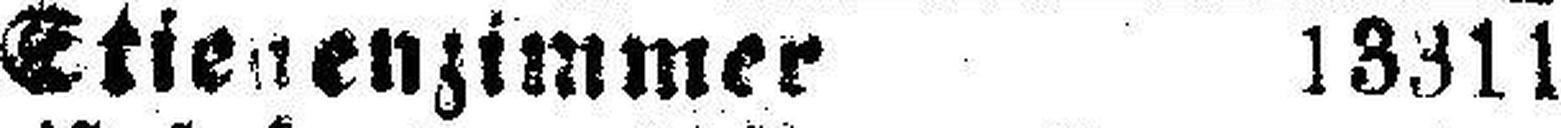
Stienenzimmer 13311